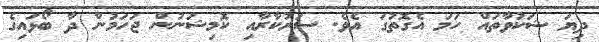
ދިޔަ ޝަކުވާތައް ހަމަ އެގޮތުގަ އެވެ. ސަރުކާރާއި ކޮމިޝަނުން ޖަހަމުން ދާ ބޯޅައިގެ